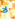
لا